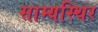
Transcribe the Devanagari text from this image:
साम्यस्थिर